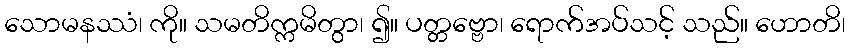
သောမနဿံ၊ ကို။ သမတိက္ကမိတွာ၊ ၍။ ပတ္တဗ္ဗော၊ ရောက်အပ်သင့် သည်။ ဟောတိ၊